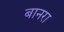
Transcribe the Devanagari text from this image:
बानरा